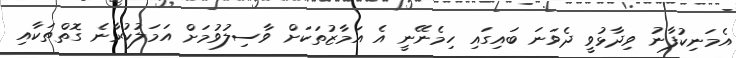
އެމަނިކުފާނު ވިދާޅުވީ ދެވަނަ ބައިގައި ހިމެނޭނީ އެ އަމާޒުތަކަށް ވާސިލުވުމަށް އަމަލުކުރާނެ ގޮތްތަކާއި